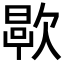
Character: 𬅯